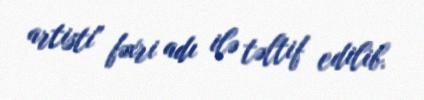
artisti" fəxri adı ilə təltif edilib.